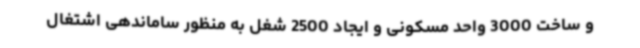
و ساخت 3000 واحد مسکونی و ایجاد 2500 شغل به منظور ساماندهی اشتغال